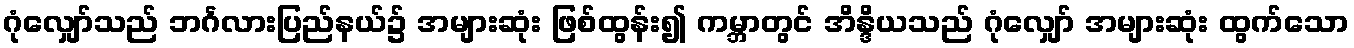
ဂုံလျှော်သည် ဘင်္ဂလားပြည်နယ်၌ အများဆုံး ဖြစ်ထွန်း၍ ကမ္ဘာတွင် အိန္ဒိယသည် ဂုံလျှော် အများဆုံး ထွက်သော